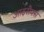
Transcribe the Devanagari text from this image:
आइसैक्स